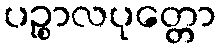
ပဉ္စာလပုတ္တော